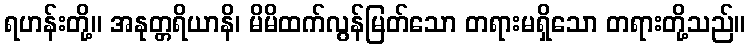
ရဟန်းတို့။ အနုတ္တရိယာနိ၊ မိမိထက်လွန်မြတ်သော တရားမရှိသော တရားတို့သည်။